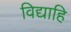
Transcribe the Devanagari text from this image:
विद्याहि